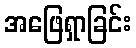
အဖြေရှာခြင်း